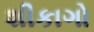
શીકાગો